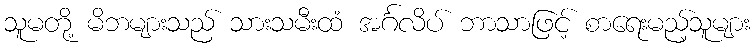
သူမတို့ မိဘများသည် သားသမီးထံ အင်္ဂလိပ် ဘာသာဖြင့် စာရေးမည့်သူများ